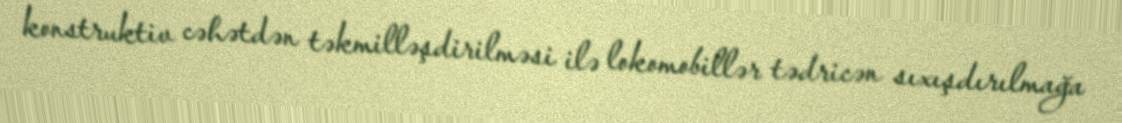
konstruktiv cəhətdən təkmilləşdirilməsi ilə lokomobillər tədricən sıxışdırılmağa